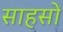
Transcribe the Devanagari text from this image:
साहसों